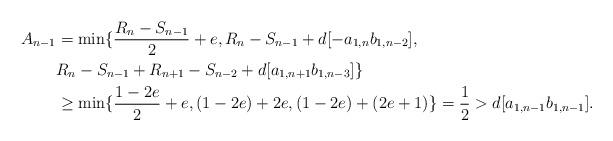
LaTeX: \begin{align*} A_{n-1}& =\min\{\dfrac{R_{n}-S_{n-1}}{2}+e,R_{n}-S_{n-1}+d[-a_{1,n}b_{1,n-2}],\\ &R_{n}-S_{n-1}+R_{n+1}-S_{n-2}+d[a_{1,n+1}b_{1,n-3}]\}\\ &\ge \min\{\dfrac{1-2e}{2}+e,(1-2e)+2e, (1-2e)+(2e+1)\}=\dfrac{1}{2}>d[a_{1,n-1}b_{1,n-1}]. \end{align*}